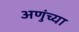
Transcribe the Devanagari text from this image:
अणुंच्या